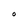
Character: O